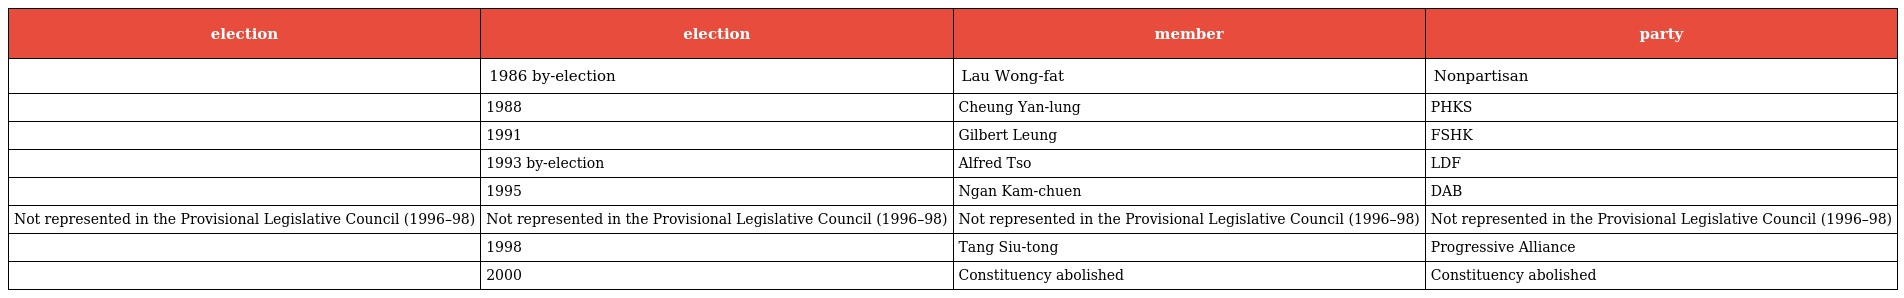
| election | election | member | party |
 | --- | --- | --- | --- |
 |  | 1986 by-election | Lau Wong-fat | Nonpartisan |
 |  | 1988 | Cheung Yan-lung | PHKS |
 |  | 1991 | Gilbert Leung | FSHK |
 |  | 1993 by-election | Alfred Tso | LDF |
 |  | 1995 | Ngan Kam-chuen | DAB |
 | Not represented in the Provisional Legislative Council (1996–98) | Not represented in the Provisional Legislative Council (1996–98) | Not represented in the Provisional Legislative Council (1996–98) | Not represented in the Provisional Legislative Council (1996–98) |
 |  | 1998 | Tang Siu-tong | Progressive Alliance |
 |  | 2000 | Constituency abolished | Constituency abolished |